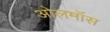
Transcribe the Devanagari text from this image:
ओलमॉस